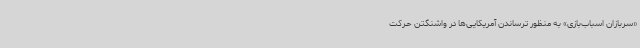
«سربازان اسباب‌بازی» به منظور ترساندن آمریکایی‌ها در واشنگتن حرکت